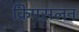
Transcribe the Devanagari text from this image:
क्रिमसलन